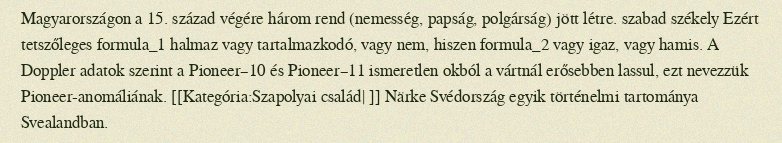
Magyarországon a 15. század végére három rend (nemesség, papság, polgárság) jött létre. szabad székely Ezért tetszőleges formula_1 halmaz vagy tartalmazkodó, vagy nem, hiszen formula_2 vagy igaz, vagy hamis. A Doppler adatok szerint a Pioneer–10 és Pioneer–11 ismeretlen okból a vártnál erősebben lassul, ezt nevezzük Pioneer-anomáliának. [[Kategória:Szapolyai család| ]] Närke Svédország egyik történelmi tartománya Svealandban.